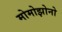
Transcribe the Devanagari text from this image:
मोमोझोनो